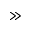
\gg